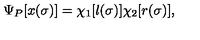
\Psi _ { P } [ x ( \sigma ) ] = \chi _ { 1 } [ l ( \sigma ) ] \chi _ { 2 } [ r ( \sigma ) ] ,